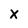
Character: X